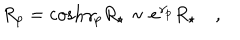
R _ { p } = \cosh \! \gamma _ { p } R _ { \star } \sim e ^ { \gamma _ { p } } R _ { \star } \quad ,